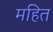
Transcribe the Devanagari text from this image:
महित